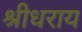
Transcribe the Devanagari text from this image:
श्रीधराय